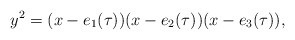
\begin{align*}y^2=(x-e_{1}(\tau))(x-e_{2}(\tau))(x-e_{3}(\tau)),\end{align*}